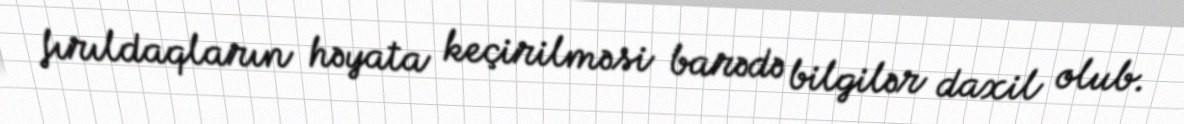
fırıldaqların həyata keçirilməsi barədə bilgilər daxil olub.